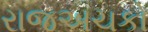
રાજઅચકો